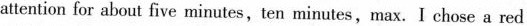
attention for about five minutes,ten minutes,max.I chose a red